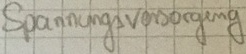
Text: Spannungsversorgung